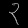
Digit: ၃